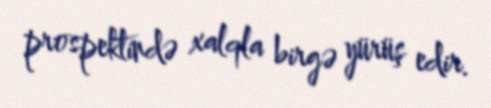
prospektində xalqla birgə yürüş edir.